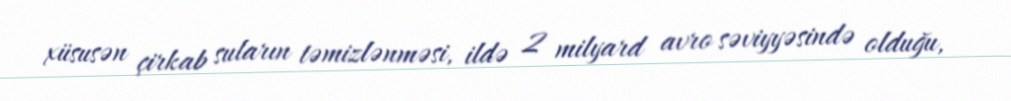
xüsusən çirkab suların təmizlənməsi, ildə 2 milyard avro səviyyəsində olduğu,